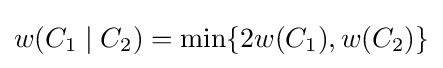
w(C_{1}\mid C_{2})=\min\{2w(C_{1}),w(C_{2})\}